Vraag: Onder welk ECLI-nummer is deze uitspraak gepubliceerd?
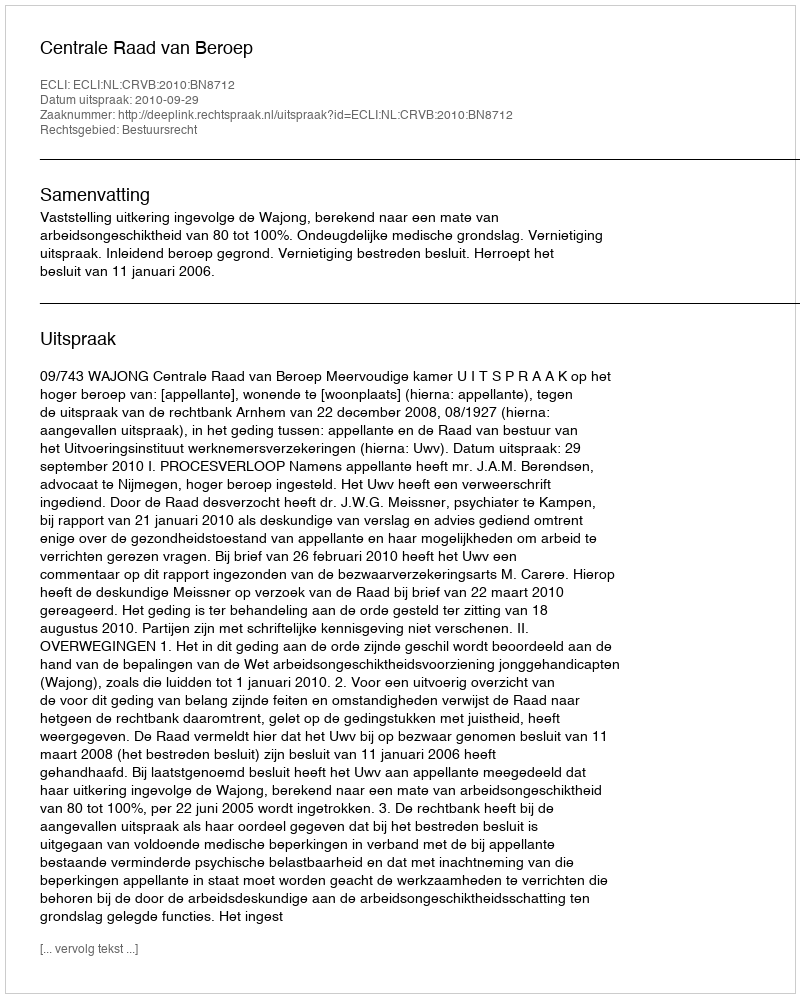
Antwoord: ECLI:NL:CRVB:2010:BN8712